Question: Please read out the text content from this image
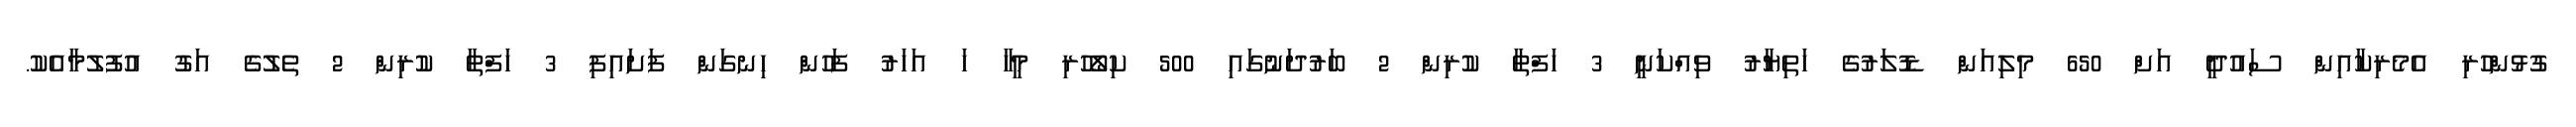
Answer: ގުޅުންހުރި އެމެރިކާއިން ސައުދީ އަށް 650 މިލިއަން ޑޮލަރުގެ ހަތިޔާރު ވިއްކަނީ 3 ހަފްތާ ކުރިން 2 ބަރުދަނުގައި 500 ކިލޯހުރި މީހާ ހަ އަހަރު ފަހުން ހިނގަން ފަށައިފި 3 ހަފްތާ ކުރިން 2 ތެލުގެ އަގު އުފުލުމާއެކު.